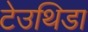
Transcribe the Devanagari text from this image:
टेउथिडा